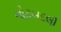
નોટબદલી